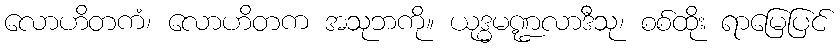
လောဟိတကံ၊ လောဟိတက အသုဘကို။ ယုဒ္ဓမဏ္ဍလာဒီသု၊ စစ်ထိုး ရာမြေပြင်